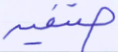
صنفية